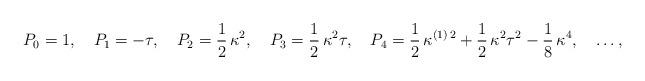
LaTeX: \begin{align*}P_0 = 1, \quad P_1 = -\tau, \quad P_2 = \frac{1}{2}\, \kappa^2, \quad P_3 = \frac{1}{2}\, \kappa^2\tau, \quad P_4 = \frac{1}{2}\, \kappa^{(1)\,2} + \frac{1}{2}\,\kappa^2\tau^2 - \frac{1}{8}\,\kappa^4, \quad \ldots, \end{align*}